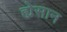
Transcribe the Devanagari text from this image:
ह्येसान